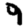
Digit: 9